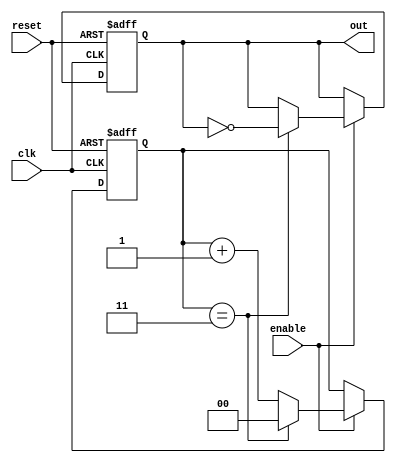
module divide_by_n_counter #(
    parameter N = 4 // Default value can be changed as needed
) (
    input wire clk,        // Clock input
    input wire reset,      // Reset input
    input wire enable,     // Enable input
    output reg out         // Output signal
);

    // Define a register to hold the current count
    reg [clog2(N)-1:0] count; // using clog2 to calculate the bit width

    // Function to calculate the integer log base 2
    function integer clog2;
        input integer value;
        begin
            value = value - 1;
            for (clog2 = 0; value > 0; clog2 = clog2 + 1)
                value = value >> 1;
        end
    endfunction

    // Always block for counting and output logic
    always @(posedge clk or posedge reset) begin
        if (reset) begin
            count <= 0; // Reset counter to 0
            out <= 0;   // Ensure output is low
        end else if (enable) begin
            if (count == N - 1) begin
                count <= 0; // Reset counter when it reaches N
                out <= ~out; // Toggle output
            end else begin
                count <= count + 1; // Increment counter
            end
        end
    end

endmodule